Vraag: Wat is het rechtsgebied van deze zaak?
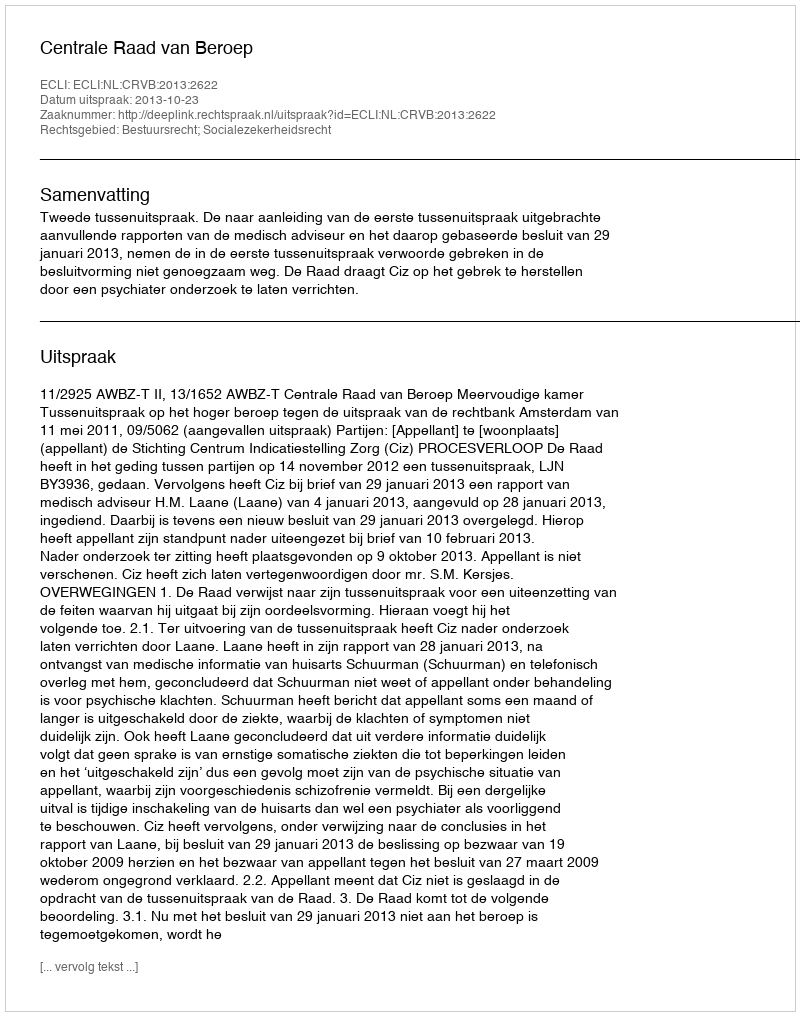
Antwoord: Bestuursrecht; Socialezekerheidsrecht